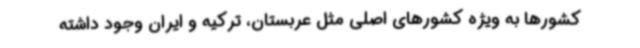
کشورها به ویژه کشورهای اصلی مثل عربستان، ترکیه و ایران وجود داشته